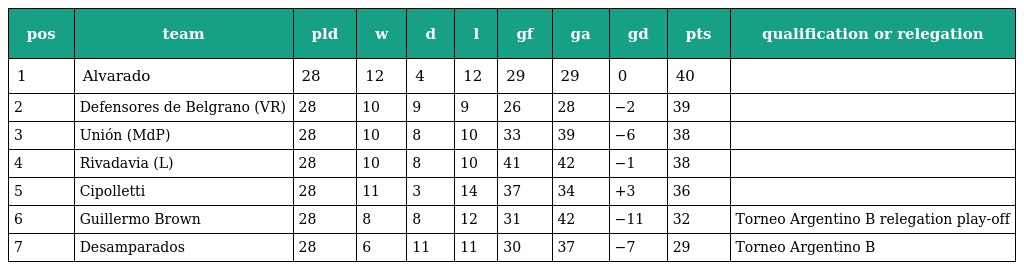
| pos | team | pld | w | d | l | gf | ga | gd | pts | qualification or relegation |
 | --- | --- | --- | --- | --- | --- | --- | --- | --- | --- | --- |
 | 1 | Alvarado | 28 | 12 | 4 | 12 | 29 | 29 | 0 | 40 |  |
 | 2 | Defensores de Belgrano (VR) | 28 | 10 | 9 | 9 | 26 | 28 | −2 | 39 |  |
 | 3 | Unión (MdP) | 28 | 10 | 8 | 10 | 33 | 39 | −6 | 38 |  |
 | 4 | Rivadavia (L) | 28 | 10 | 8 | 10 | 41 | 42 | −1 | 38 |  |
 | 5 | Cipolletti | 28 | 11 | 3 | 14 | 37 | 34 | +3 | 36 |  |
 | 6 | Guillermo Brown | 28 | 8 | 8 | 12 | 31 | 42 | −11 | 32 | Torneo Argentino B relegation play-off |
 | 7 | Desamparados | 28 | 6 | 11 | 11 | 30 | 37 | −7 | 29 | Torneo Argentino B |